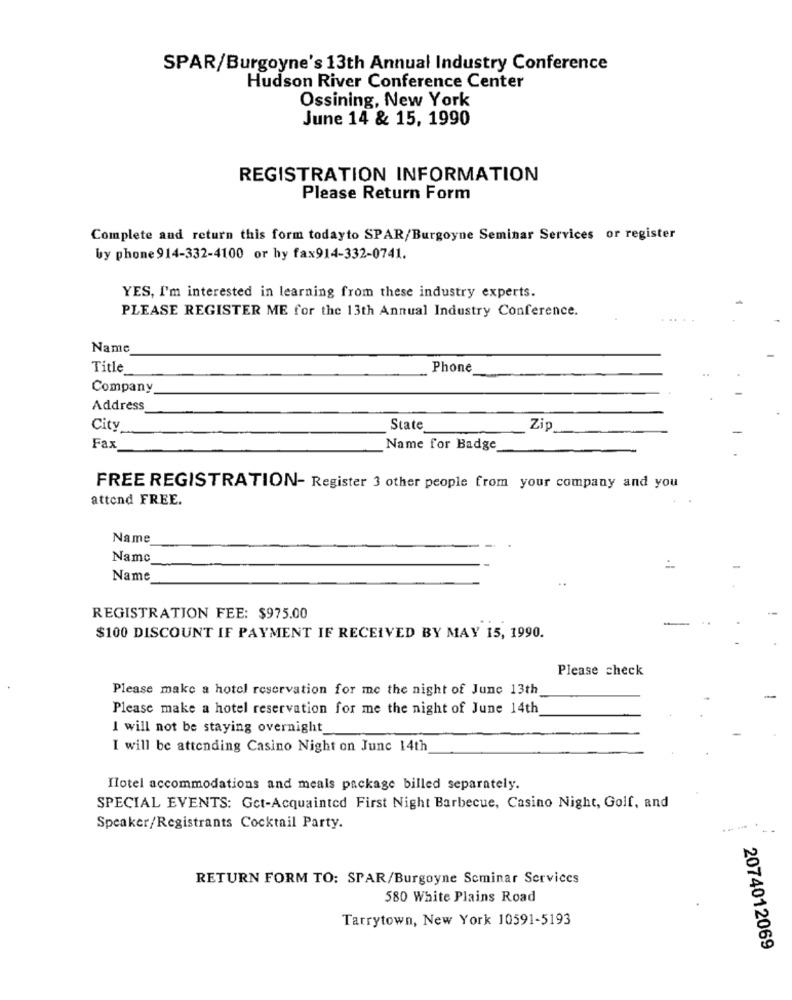
SPAR/Burgoyne's 13th Annual Industry Conference
Hudson River Conference Center
Ossining, New York
June 14 & 15, 1990
REGISTRATION INFORMATION
Please Return Form
Complete and return this form todayto SPAR/Burgoyne Seminar Services or register
by phone 914-332-4100 or hy fax914-332-0741.
YES, I'm interested in learning from these industry experts.
PLEASE REGISTER ME for the 13th Annual Industry Conference.
Name
Title
Phone
Company
Address
City
State
Zip
Fax
Name for Badge
FREE REGISTRATION- Register 3 other people from your company and you
attend FREE.
Name
Name
Name
REGISTRATION FEE: $975.00
$100 DISCOUNT IF PAYMENT IF RECEIVED BY MAY 15, 1990.
Please check
Please make a hotel reservation for me the night of June 13th
Please make a hotel reservation for me the night of June 14th
I will not be staying overnight
I will be attending Casino Night on June 14th
Hotel accommodations and meals package billed separately.
SPECIAL EVENTS: Gct-Acquainted First Night Barbecue, Casino Night, Golf, and
Speaker/Registrants Cocktail Party.
RETURN FORM TO: SPAR/Burgoyne Seminar Services
580 White Plains Road
Tarrytown, New York 10591-5193
2074012069